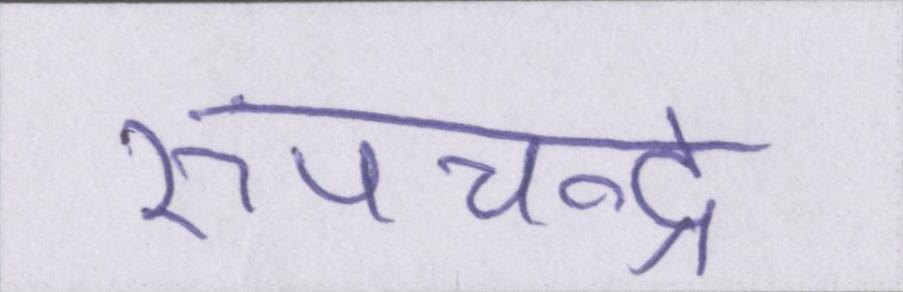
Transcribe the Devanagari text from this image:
रूपचन्द्र